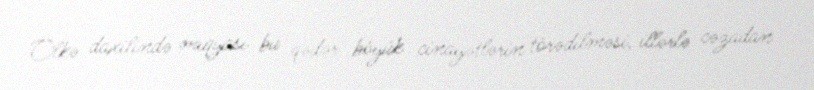
Ölkə daxilində miqyası bu qədər böyük cinayətlərin törədilməsi, illərlə cəzadan